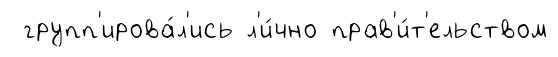
групп'ирова́л'ись л'и́чно прав'и́т'ельством